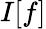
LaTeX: I[f]